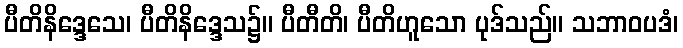
ပီတိနိဒ္ဒေသေ၊ ပီတိနိဒ္ဒေသ၌။ ပီတီတိ၊ ပီတိဟူသော ပုဒ်သည်။ သဘာဝပဒံ၊